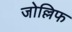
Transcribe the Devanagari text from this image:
जोल्लिफ